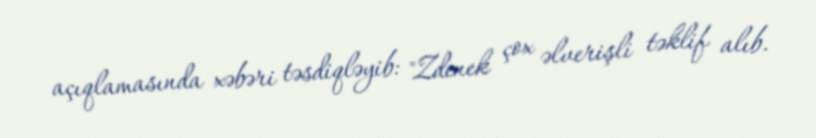
açıqlamasında xəbəri təsdiqləyib: "Zdenek çox əlverişli təklif alıb.